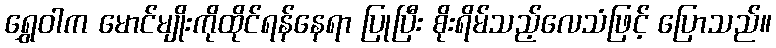
ရွှေဝါက မောင်မျိုးကိုထိုင်ရန်နေရာ ပြုပြီး စိုးရိမ်သည့်လေသံဖြင့် ပြောသည်။